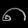
Digit: ၈